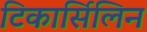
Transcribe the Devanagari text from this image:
टिकार्सिलिन